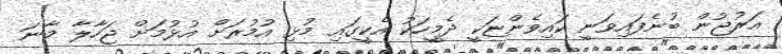
އަރުޖުން ބުނެފައިވަނީ ކައިވެންޏަކީ ދެމީހަކު އެކީގައި މުޅި އުމުރަށް އުޅުމަށް ޖަހާލާ މާނަ